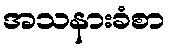
အသနားခံစာ